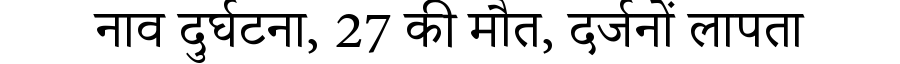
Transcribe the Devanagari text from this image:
नाव दुर्घटना, 27 की मौत, दर्जनों लापता